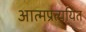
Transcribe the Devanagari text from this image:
आत्मप्रत्ययित